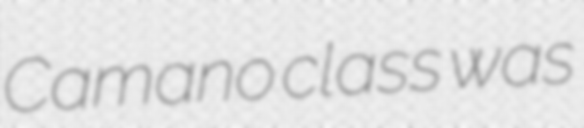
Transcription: Camano class was